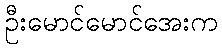
ဦးမောင်မောင်အေးက